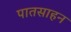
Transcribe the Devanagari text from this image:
पातसाहन